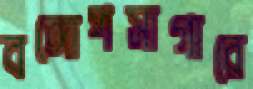
বঙ্গোপসাগারে